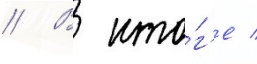
// В ито́г'е /